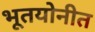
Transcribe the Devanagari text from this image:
भूतयोनीत